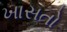
ખાસતો